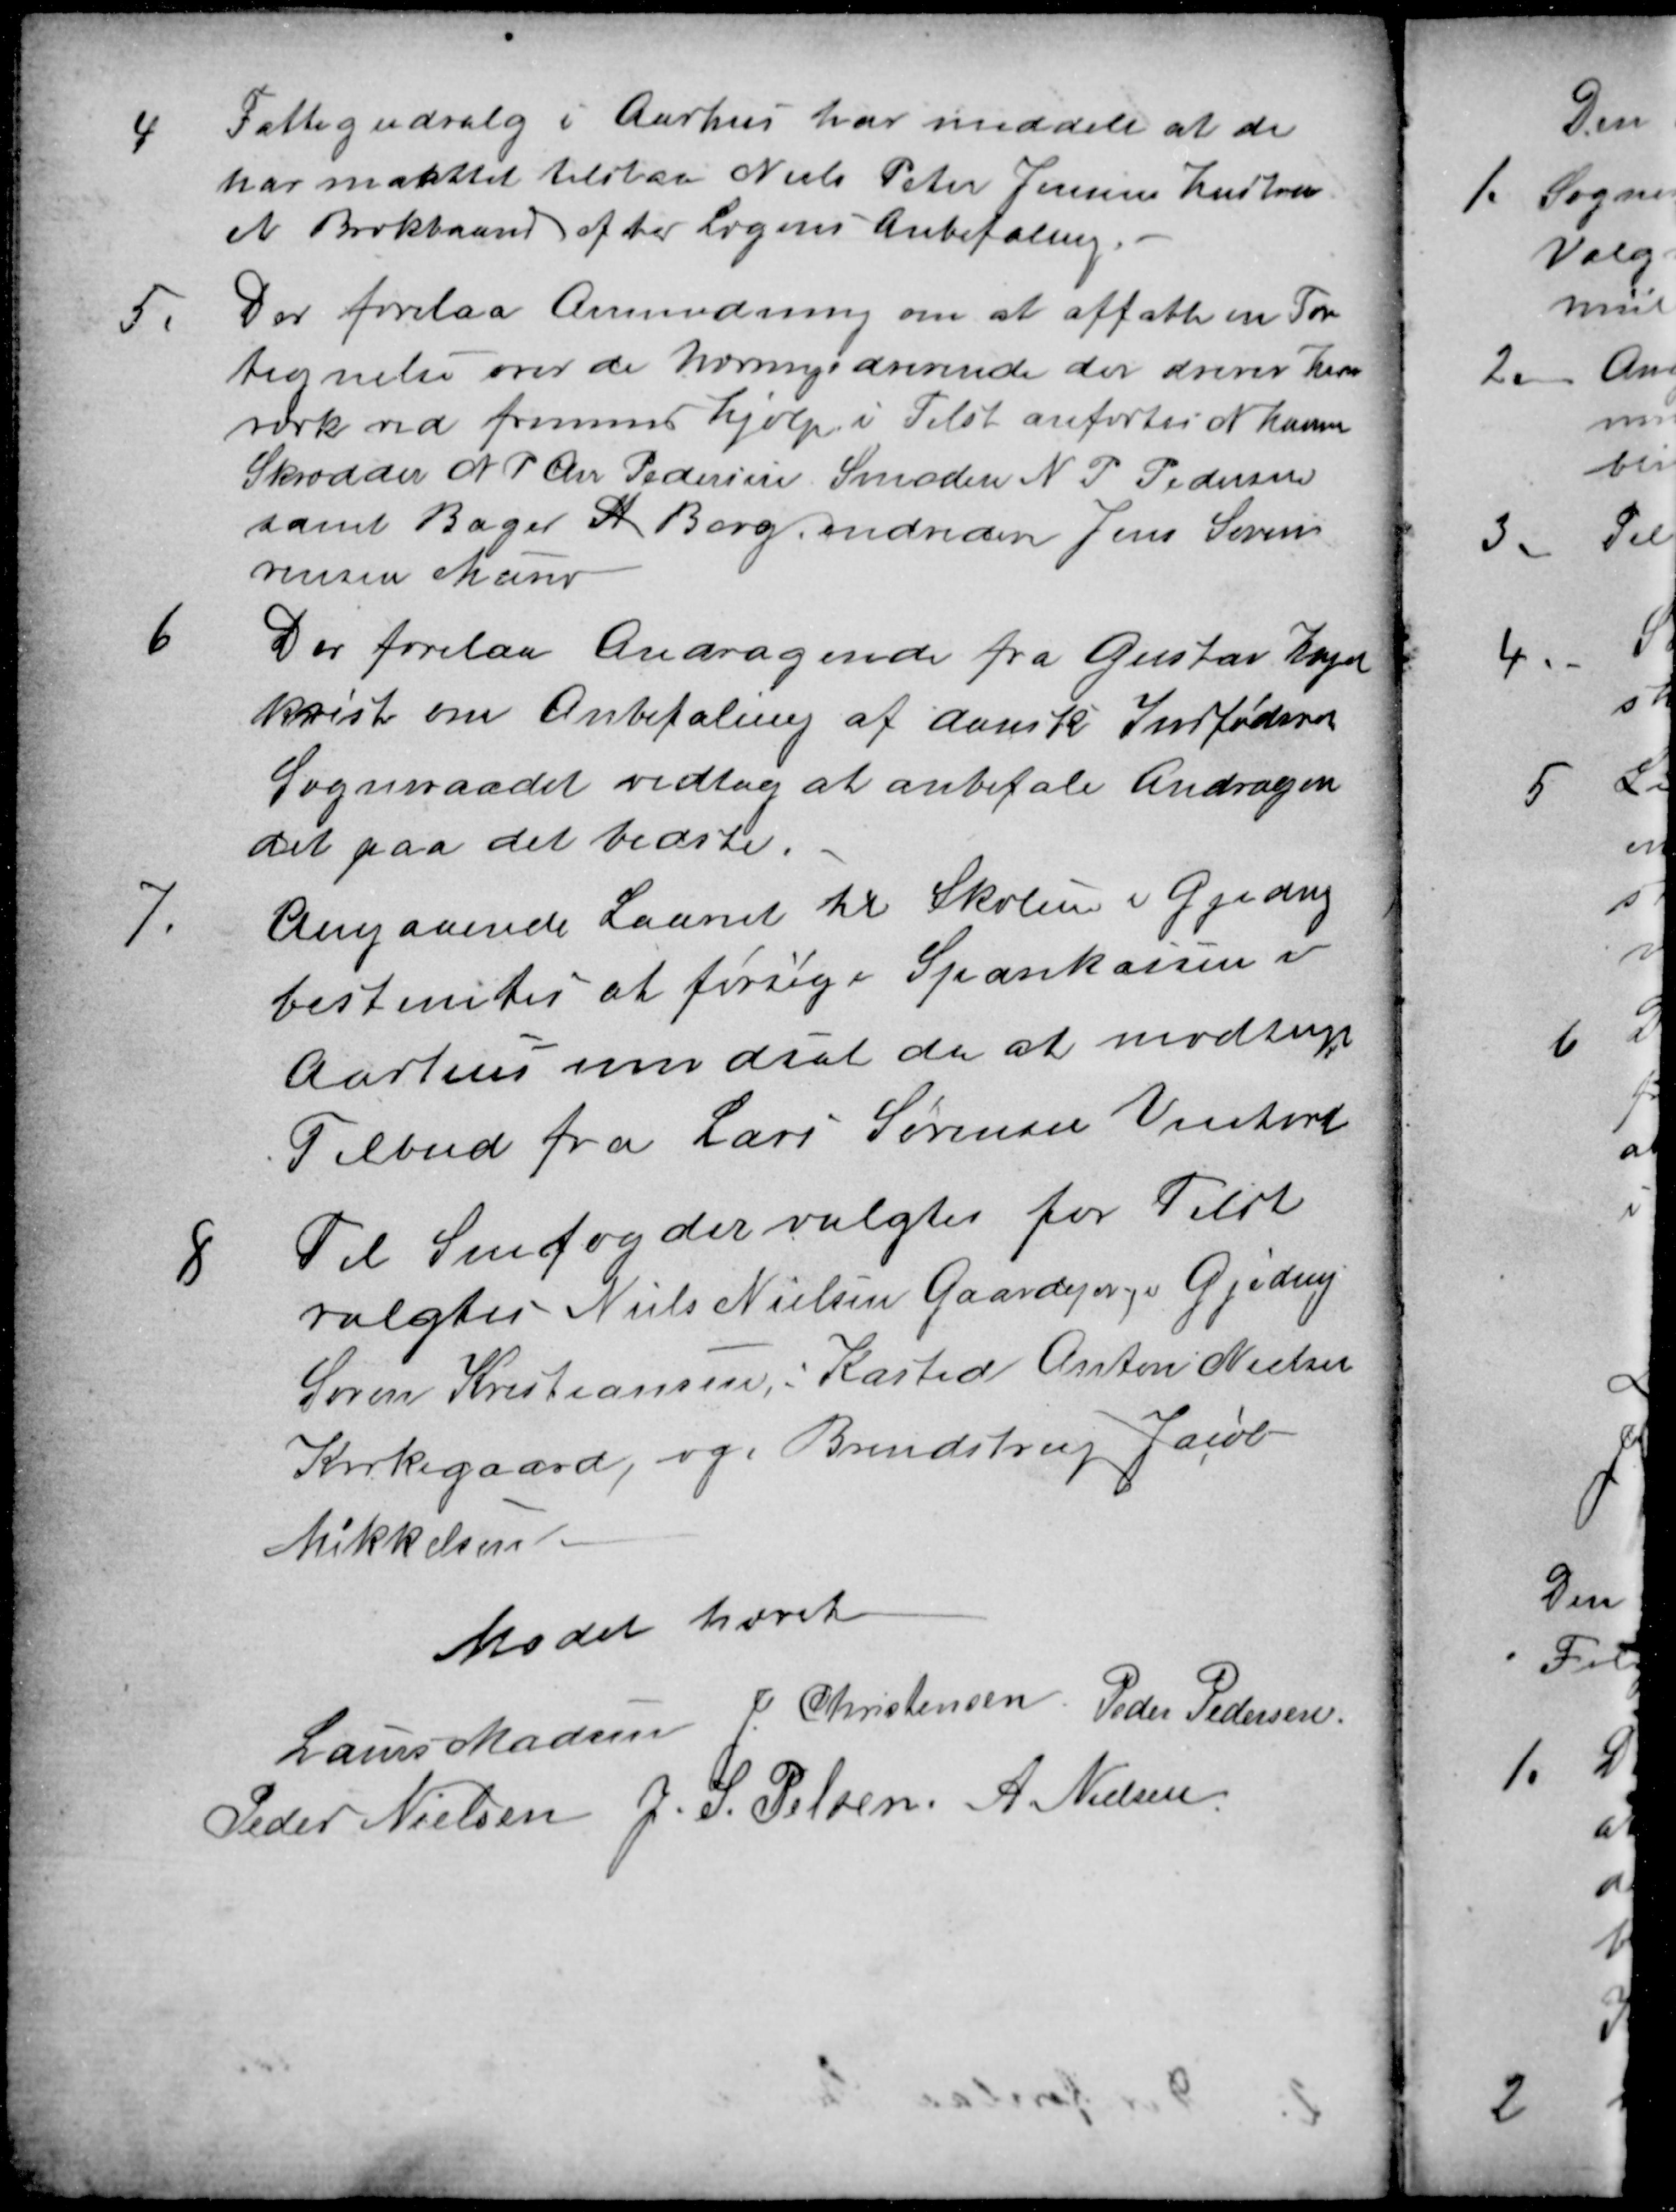
Transskription:
4
Fattigudvalg i Aarhus har meddelt at de
har maattet tilstaa Niels Peter Jensens hustru
et Brokbaand efter Lægens Anbefaling.
5.
Der forelaa Anmodning om at affatte en For
tegnelse over de Næringsdrivende der driver Hand
værk ved fremmed hjælp i Tilst anførtes N. Hansen
Skrædder N P Chr Pedersen Smeden N P Pedersen
samt Bager A Berg, endvidere Jens Søren
rensen Murer
6
Der forelaa Andragende fra Gustav Hagel
kvist om Anbefaling af dansk Indfødsret
Sogneraadet vedtog at anbefale Andragen
det paa det bedste.
7.
Angaaende Laanet til Skolen i Gjeding
bestemtes at forsøge Sparekassen i
Aarhus modsat da at modtage
Tilbud fra Lars Sørensen Vinkord
8
Til Snefogder valgtes for Tilst
valgtes Niels Nielsen Gaardejer, i Gjeding
Søren Kristiansen i Kasted Anton Nielsen
Kirkegaard, og i Brendstrup Jacob
Mikkelsen
Mødet hævet
Laurs Madsen J. Christensen Peder Pedersen.
Peder Nielsen J. S. Pelsen. A Nielsen